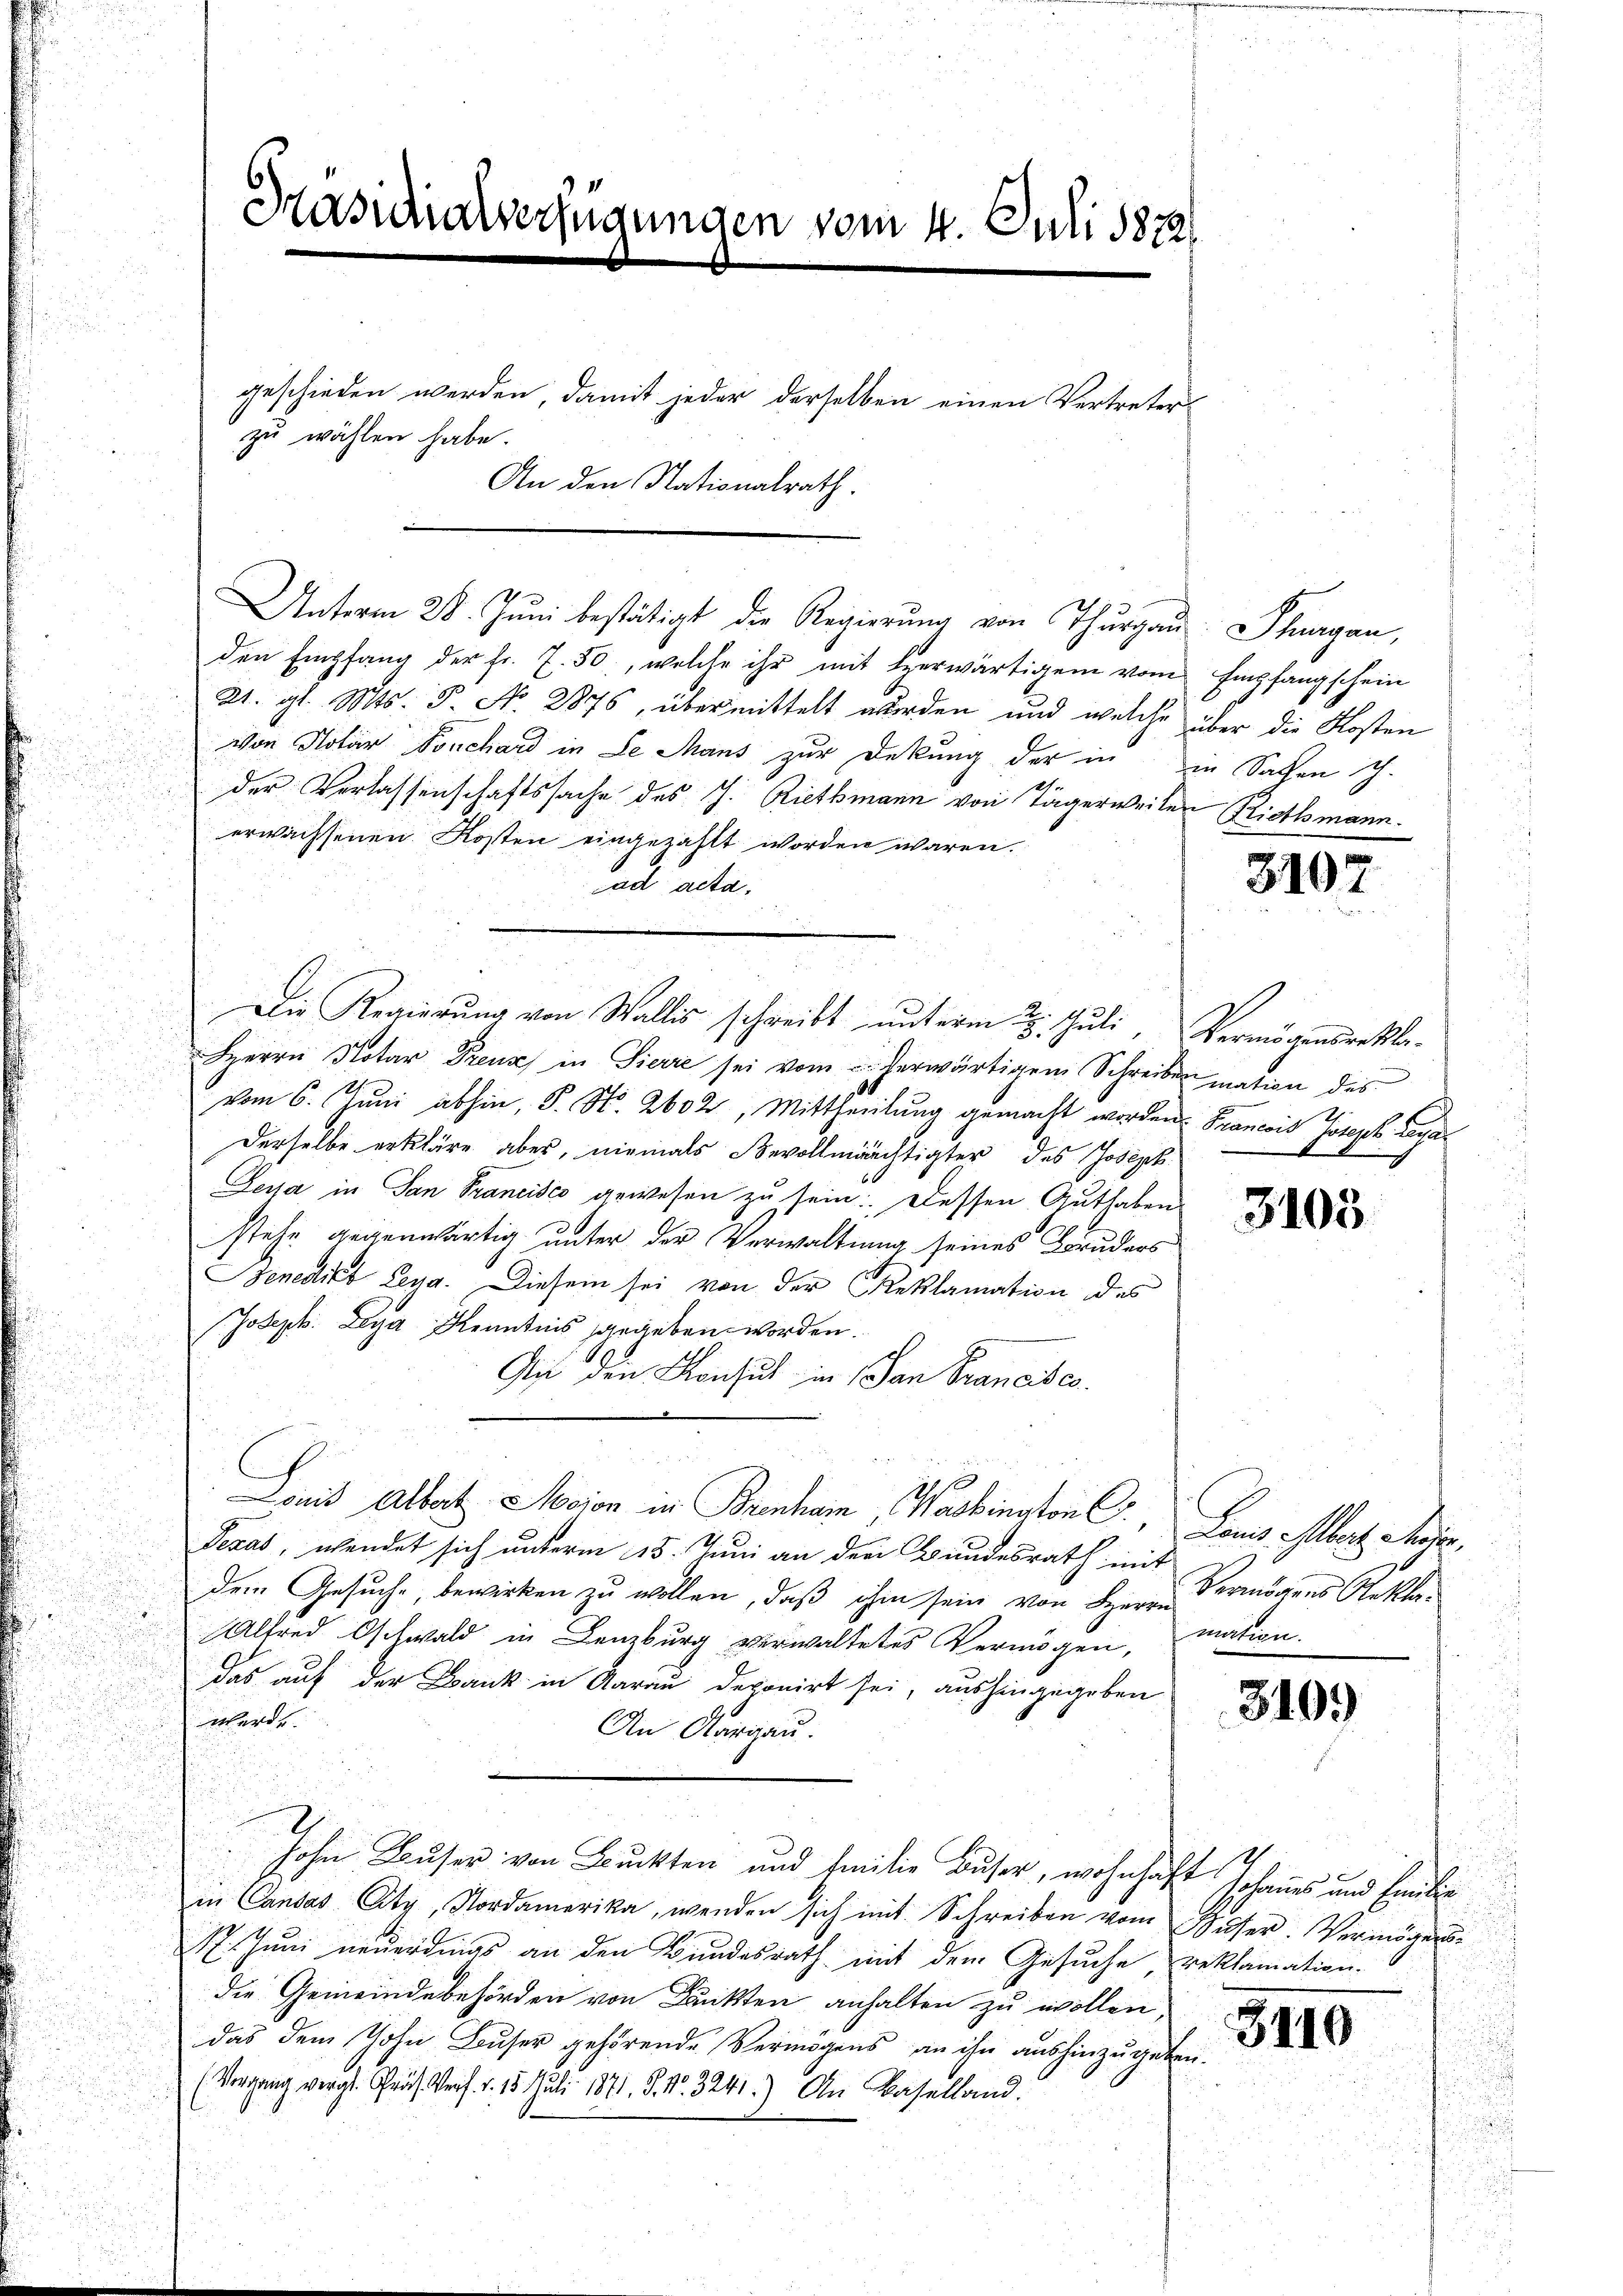
Präsidialverfügungen vom 4. Juli 1872/

geschieden werden, damit jeder derselben einen Vertreter

zu wählen habe.
An den Nationalrath.

Unterm 28. Jŭni bestätigt die Regierung von Thurgau. Schurgau,
den Empfang der fr. 7. 50, welche ihr mit herwärtigen vom Empfangschein
21. gl. Mts. S. No. 2875, übermittelt wurden und welche über die Kosten
von Notar Fonchard in Le Mans zur Deckung der in in Sachen ich.
der Verlassenschaftssache des J. Riethmann von Tägerweilen Riethmann.
erwachsenen Kosten eingezahlt worden wären.
ad acta.
Herrn Notar Grenz in Pierre sei vom herwärtigem Schreiben mation des
vom 6. Juni abhin, S. S. 2602, Mittheilung gemacht worden. Francois Joseph Lega¬
Derselbe erkläre aber, niemals Bevollmächtigter des Joseph
Dessa in San Francisco gewesen zu sein: „Dessen Guthaben
stehe gegenwärtig unter der Verwaltung seines Bruders
Benedict Leya. Diesem sei von der Reklamation des
Joseph. Leya Kenntnis gegeben worden.
An den Konsul in San Francisco
Lands Albert Socion in Brenham Washington C. Land aber dener,
Texas, wendet sich unterm 15. Juni an der Bundesrath mit
dem Gesuche, bewirken zu wollen, daß ihm sein von Herrn
Alfred Oschwald in Lenzburg verwaltetes Vermögen, mation.
das auf der Bank in Aarau deponirt sei, aushingegeben
werde.
An Aargau.
 8 x
Hohen Buser von Bruckten und Emilie Buser, wohnhaft Johanes und Endliin Candas City, Nordamerika, wenden sich mit Schreiben vom Sŭser. Vermögens-
17. Juni neuerdings an den Bundesrath mit dem Gesuche, reklamation.
die Gemeindebehörden von Druckten anhalten zu wollen,
das dem Sohn Buser gehörende Vermögens an ihn aushinzugeben.
(Vergang vergl. Präs. Verf. v. 15. Juli 1871. S. Nr. 3241.) An Baselland.

Die Regierŭng von Wallis schreibt ŭnterm 2. Juli, Vermögensrekla¬

3107

Z

3103

Vermögens Rekla¬

3109

3710